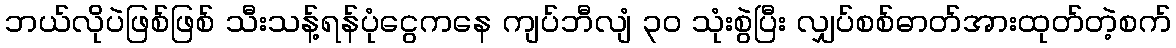
ဘယ်လိုပဲဖြစ်ဖြစ် သီးသန့်ရန်ပုံငွေကနေ ကျပ်ဘီလျံ ၃၀ သုံးစွဲပြီး လျှပ်စစ်ဓာတ်အားထုတ်တဲ့စက်